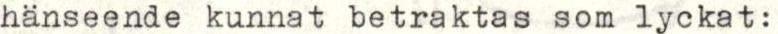
hänseende kunnat betraktas som lyckat: